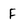
Character: F